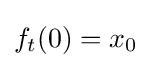
f_{t}(0)=x_{0}